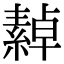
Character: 繛